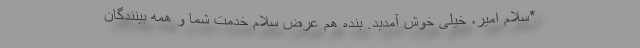
*سلام امیر، خیلی خوش آمدید. بنده هم عرض سلام خدمت شما و همه بینندگان